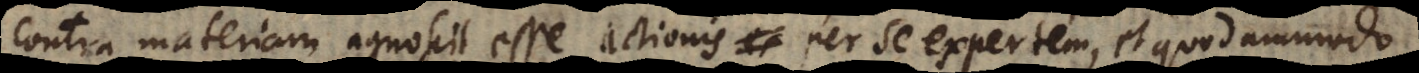
contra materiam agnoscit esse actionis per se expertem, et quodammodo